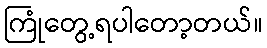
ကြုံတွေ့ရပါတော့တယ်။